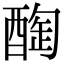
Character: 𨡒